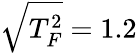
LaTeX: \sqrt{T_{F}^{2}}=1.2